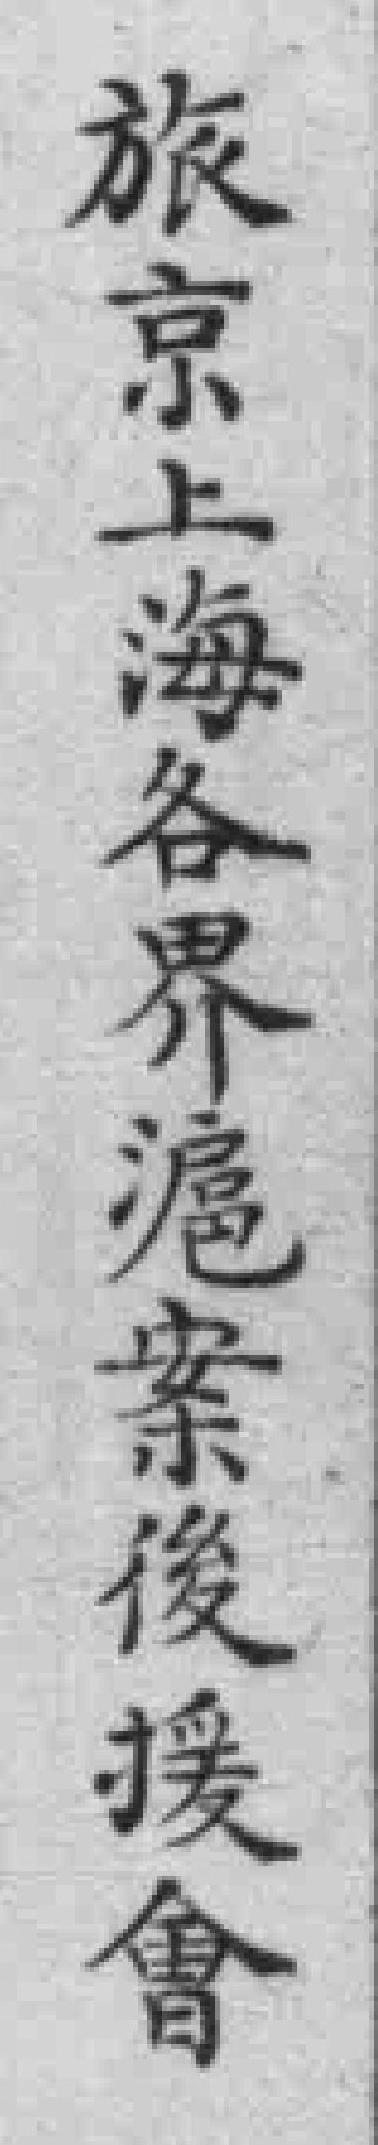
旅京上海各界滬案後援會